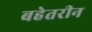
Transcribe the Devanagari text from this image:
बहेतरीन